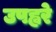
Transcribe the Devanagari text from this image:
उपह्वरे